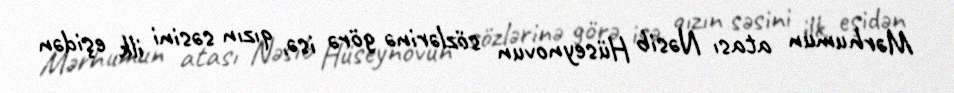
Mərhumun atası Nəsib Hüseynovun sözlərinə görə isə, qızın səsini ilk eşidən